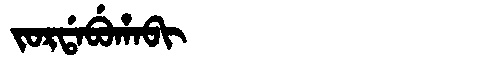
Manchu: ᠵᠣᡵᡩᠠᠪᡠᡥᠠᠪᡳ
Romanization: JORDABUHABI